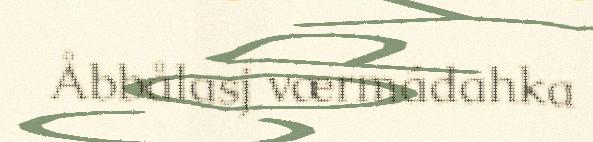
Åbbålasj værmádahka